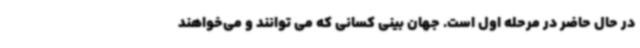
در حال حاضر در مرحله اول است. جهان بینی کسانی که می توانند و می‌خواهند